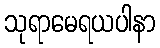
သုရာမေရယပါနာ